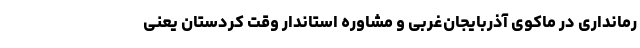
رمانداری در ماکوی آذربایجان‌غربی و مشاوره استاندار وقت کردستان یعنی